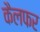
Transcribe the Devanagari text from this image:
कैलफर